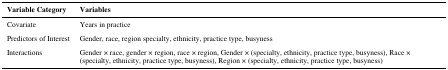
| Variable Category | Variables |
 | --- | --- |
 | Covariate | Years in practice |
 | Predictors of Interest | Gender, race, region specialty, ethnicity, practice type, busyness |
 | Interactions | Gender × race, gender × region, race × region, Gender × (specialty, ethnicity, practice type, busyness), Race × (specialty, ethnicity, practice type, busyness), Region × (specialty, ethnicity, practice type, busyness) |